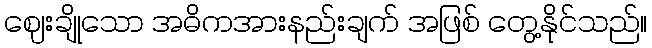
ဈေးချိုသော အဓိကအားနည်းချက် အဖြစ် တွေ့နိုင်သည်။